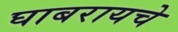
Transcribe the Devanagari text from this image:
घाबरायचे